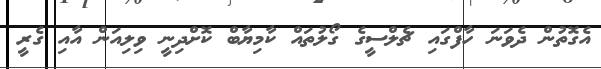
އެގޮތުން ދެވަނަ ހާފްގައި ޗެލްސީގެ ގޯލުތައް ކާމިޔާބް ކޮށްދިނީ ވިލިއަން އާއި ގެރީ